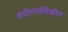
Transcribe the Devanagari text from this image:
संगीताचीदेखील